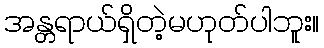
အန္တရာယ်ရှိတဲ့မဟုတ်ပါဘူး။